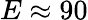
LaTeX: E\approx 90